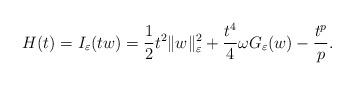
LaTeX: \begin{align*}H(t)=I_{\varepsilon}(tw)=\frac{1}{2}t^{2}\|w\|_{\varepsilon}^{2}+\frac{t^{4}}{4}\omega G_{\varepsilon}(w)-\frac{t^{p}}{p}.\end{align*}